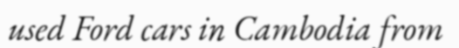
used Ford cars in Cambodia from